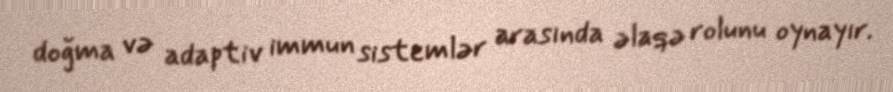
doğma və adaptiv immun sistemlər arasında əlaqə rolunu oynayır.